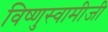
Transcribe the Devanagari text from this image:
विष्णुस्वामीजी